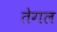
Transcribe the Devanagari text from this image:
तेगल